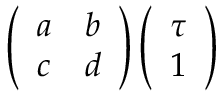
\left( \begin{array} { c c } { { a } } & { { b } } \\ { { c } } & { { d } } \end{array} \right) \left( \begin{array} { c } { { \tau } } \\ { { 1 } } \end{array} \right)